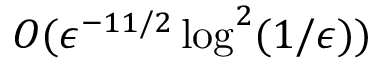
O ( \epsilon ^ { - 1 1 / 2 } \log ^ { 2 } ( 1 / \epsilon ) )